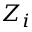
Z _ { i }